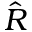
\hat { R }